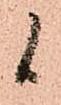
候